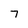
Character: 7